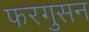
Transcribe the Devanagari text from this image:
फरगुसन